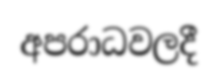
අපරාධවලදී